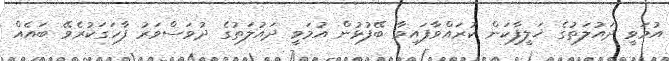
އުމަވީ ދައުލަތުގެ ޚަލީފާކަން ކުރައްވާފައިވާ ބޭފުޅުން އުމަވީ ދައުލަތުގެ ދުވަސްވަރު ފާހަގަކުރެވޭ ބައެއް